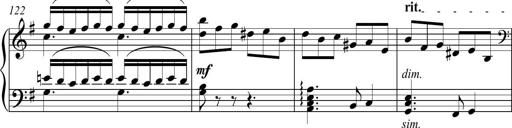
Title: Piano Sonatina in A major
Composer: Z Q Sysmoebius
Key: A major